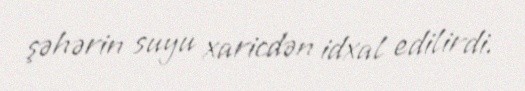
şəhərin suyu xaricdən idxal edilirdi.